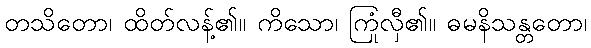
တသိတော၊ ထိတ်လန့်၏။ ကိသော၊ ကြုံလှီ၏။ ဓမနိသန္တတော၊